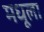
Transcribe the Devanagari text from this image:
मधूला